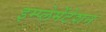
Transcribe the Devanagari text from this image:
इम्प्लेमेंटेशन